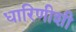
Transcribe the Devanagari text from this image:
धारिणीशी